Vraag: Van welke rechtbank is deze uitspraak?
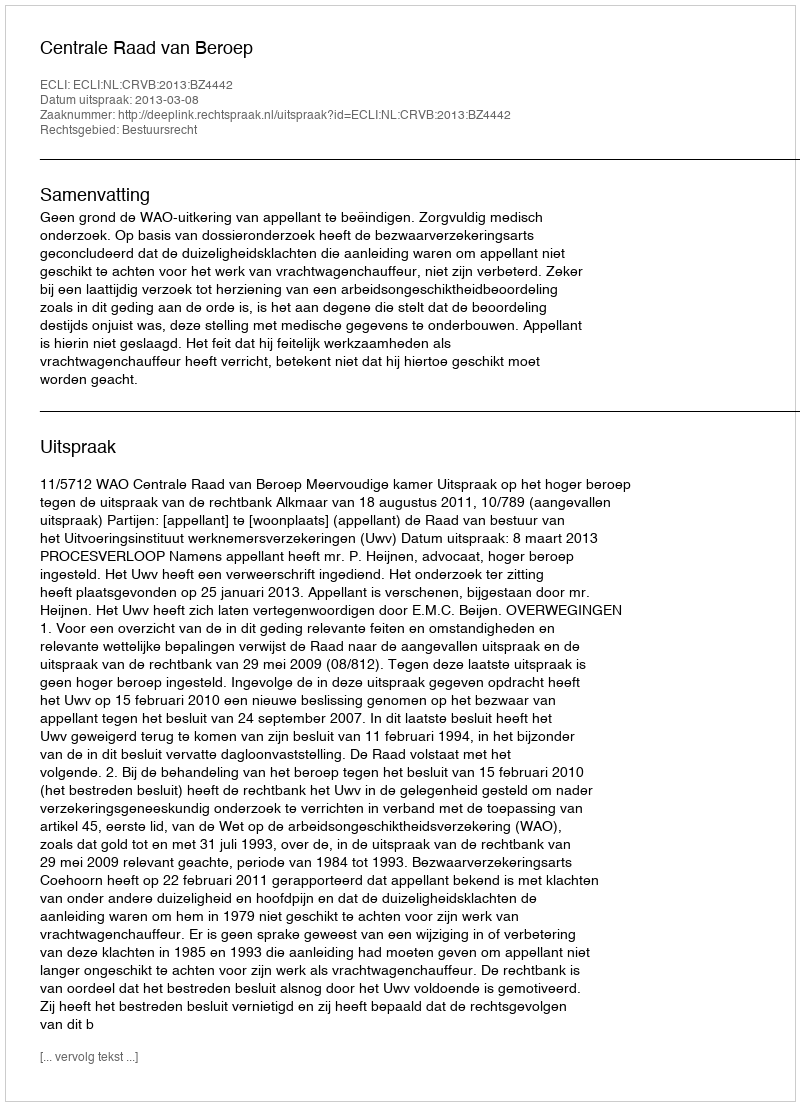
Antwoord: Centrale Raad van Beroep